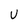
Character: U